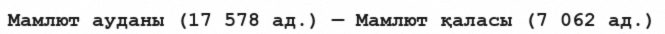
Мамлют ауданы (17 578 ад.) — Мамлют қаласы (7 062 ад.)